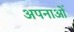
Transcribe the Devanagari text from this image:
अपनाओं